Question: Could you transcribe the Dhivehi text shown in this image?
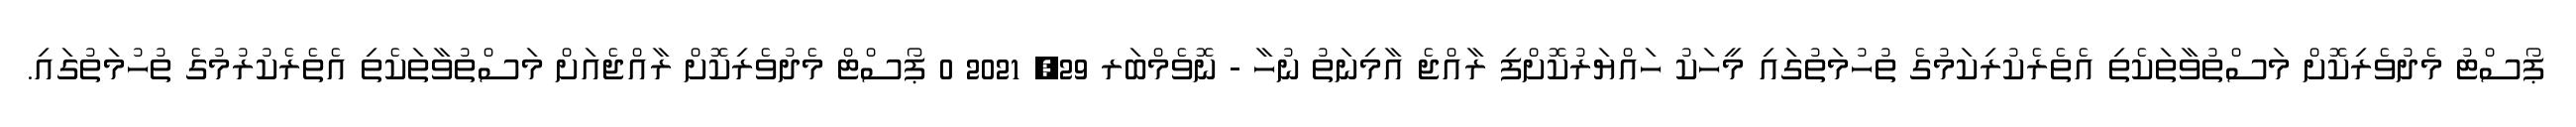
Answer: ޕޯސްޓު މެދުވެރިކޮށް މަސްތުވާތަކެތި އެތެރެކުރިކަމުގެ ތުހުމަތުގައި މީހަކު ހައްޔަރުކޮށްފި ރާއްޖެ އާމިނަތު ނުހާ - ނޮވެމްބަރ 29, 2021 0 ޕޯސްޓް މެދުވެރިކޮށް ރާއްޖެއަށް މަސްތުވާތަކެތި އެތެރެކުރުމުގެ ތުހުމަތުގައި.